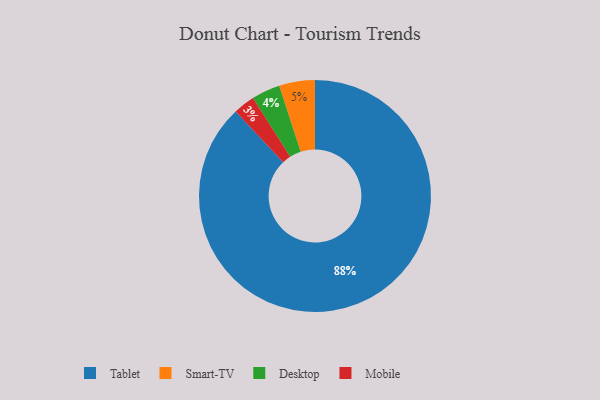
{"axis": {"x": "Category", "y": "Percentage"}, "legend": ["Desktop", "Mobile", "Smart-TV", "Tablet"], "data": [{"x": "Desktop", "y": 4, "type": "Desktop"}, {"x": "Smart-TV", "y": 5, "type": "Smart-TV"}, {"x": "Tablet", "y": 88, "type": "Tablet"}, {"x": "Mobile", "y": 3, "type": "Mobile"}]}